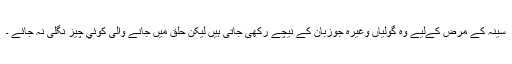
سینہ کے مرض کےلیے وہ گولیاں وغیرہ جوزبان کے نیچے رکھی جاتی ہیں لیکن حلق میں جانے والی کوئي چيز نگلی نہ جائے ۔